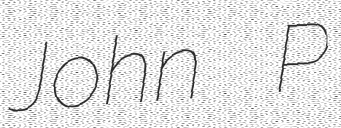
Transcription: John P